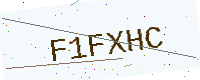
Text: F1FXHC